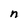
Character: n